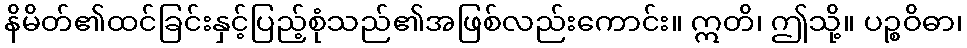
နိမိတ်၏ထင်ခြင်းနှင့်ပြည့်စုံသည်၏အဖြစ်လည်းကောင်း။ ဣတိ၊ ဤသို့။ ပဉ္စဝိဓာ၊